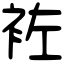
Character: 袏